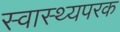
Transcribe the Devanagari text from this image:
स्वास्थ्यपरक